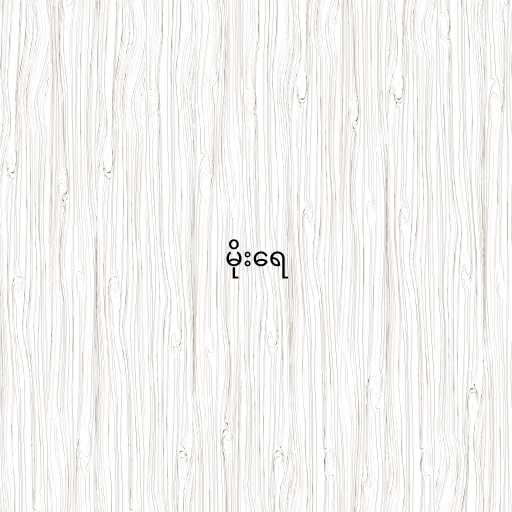
မိုးရေ